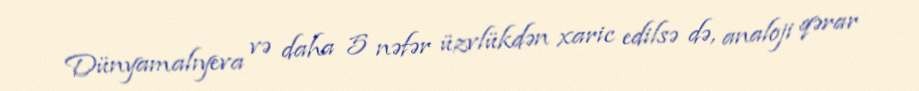
Dünyamalıyeva və daha 5 nəfər üzvlükdən xaric edilsə də, analoji qərar